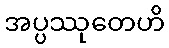
အပ္ပဿုတေဟိ